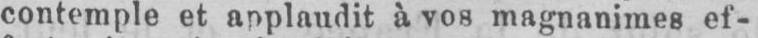
contemple et applaudit à vos magnanimes ef-